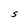
Character: S